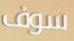
سوف